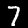
Label: 7